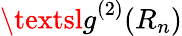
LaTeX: {\textsl{g}}^{(2)}{(R_{n})}